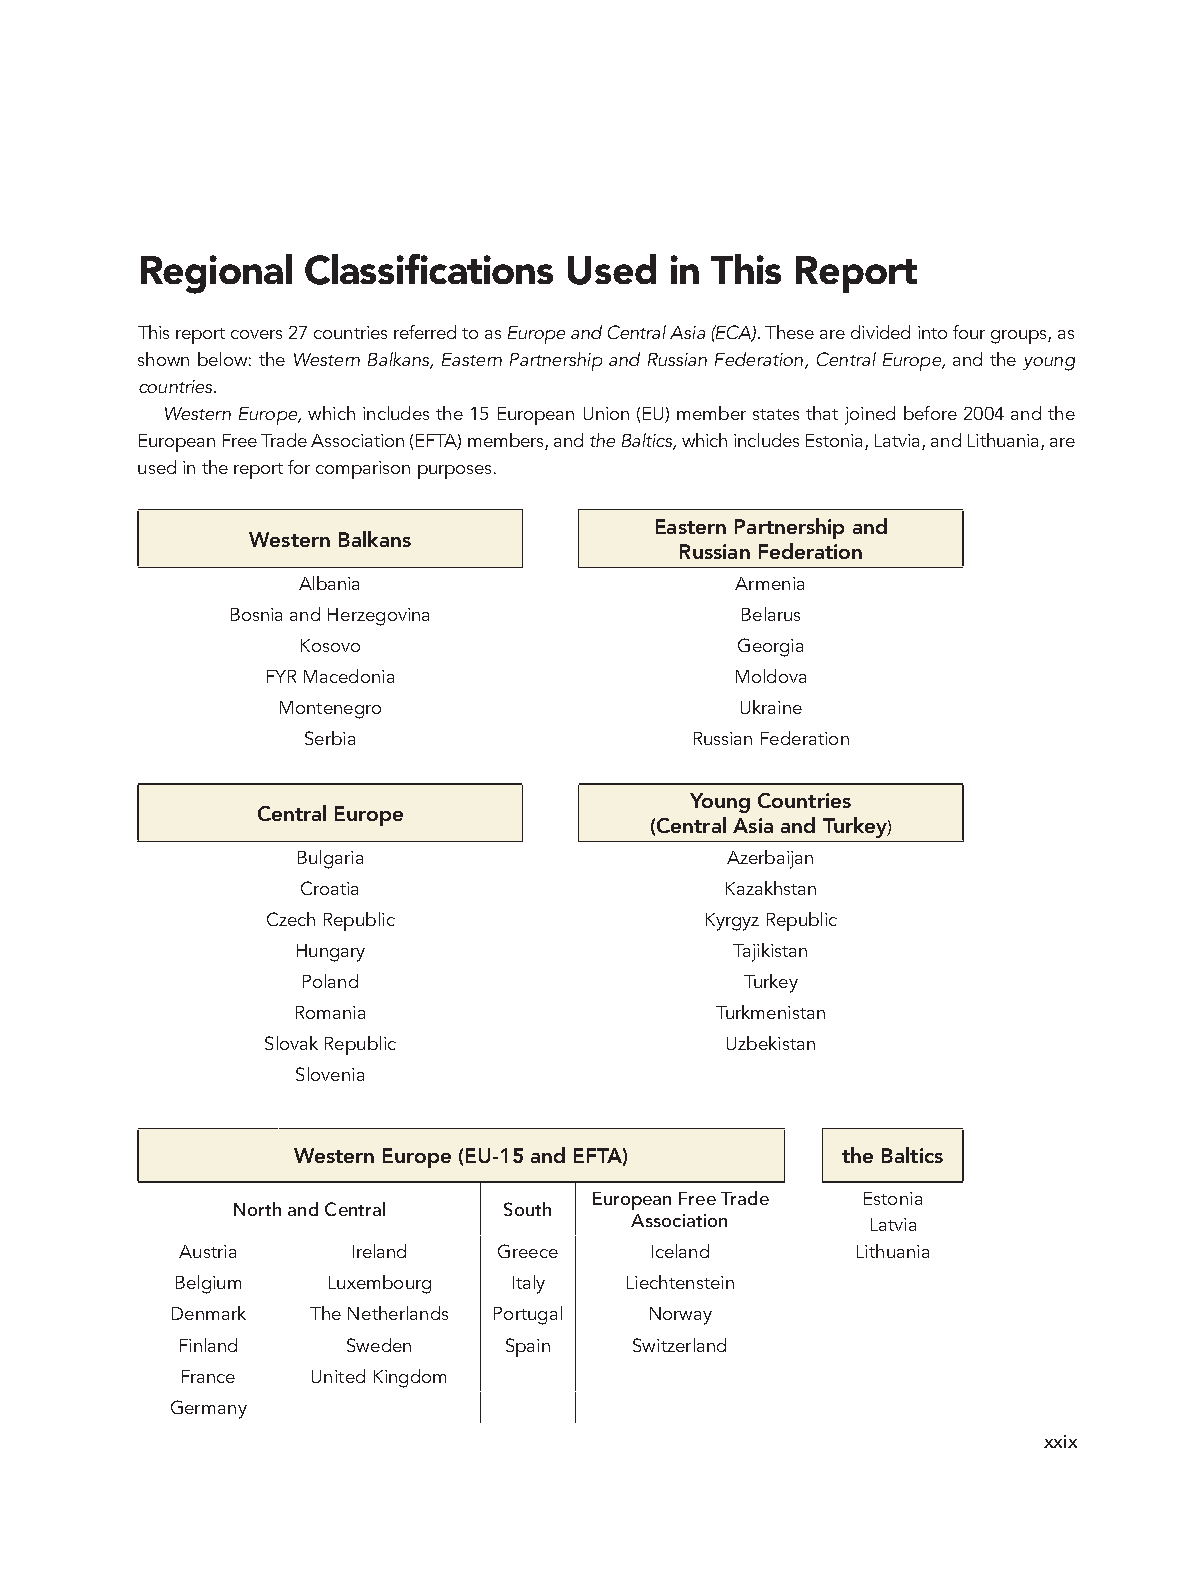
Regional   Classifications  Used   in This Report
 This report covers 27 countries referred to as Europe and Central Asia (ECA). These are divided into four groups, as
 shown below: the Western Balkans, Eastern Partnership and Russian Federation, Central Europe, and the young
 countries.
 Western Europe, which includes the 15 European Union (EU) member states that joined before 2004 and the
 European Free Trade Association (EFTA) members, and the Baltics, which includes Estonia, Latvia, and Lithuania, are
 used in the report for comparison purposes.
 Eastern Partnership and
 Western Balkans
 Russian Federation
 Albania                      Armenia
 Bosnia and Herzegovina            Belarus
 Kosovo                       Georgia
 FYR Macedonia                  Moldova
 Montenegro                     Ukraine
 Serbia                    Russian Federation
 Young Countries
 Central Europe
 (Central Asia and Turkey)
 Bulgaria                    Azerbaijan
 Croatia                     Kazakhstan
 Czech Republic               Kyrgyz Republic
 Hungary                      Tajikistan
 Poland                       Turkey
 Romania                     Turkmenistan
 Slovak Republic                Uzbekistan
 Slovenia
 Western Europe (EU-15 and EFTA)      the Baltics
 European Free Trade Estonia
 North and Central South
 Association     Latvia
 Austria    Ireland   Greece    Iceland       Lithuania
 Belgium   Luxembourg  Italy  Liechtenstein
 Denmark   The Netherlands Portugal Norway
 Finland    Sweden    Spain    Switzerland
 France   United Kingdom
 Germany
 xxix